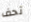
تحف